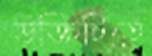
উক্তিটিতে